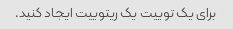
برای یک توییت یک ریتوییت ایجاد کنید.